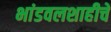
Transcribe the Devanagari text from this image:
भांडवलशाहीचे